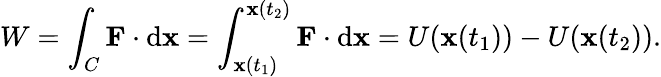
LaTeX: W=\int_{C}\mathbf{F}\cdot\mathrm{d}\mathbf{x}=\int_{\mathbf{x}(t_{1})}^{\mathbf{x}(t_{2})}\mathbf{F}\cdot\mathrm{d}\mathbf{x}=U(\mathbf{x}(t_{1}))-U(\mathbf{x}(t_{2})).